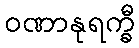
ဝဏာနုရက္ခီ